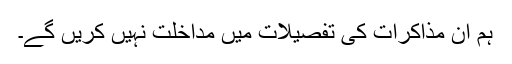
ہم ان مذاکرات کی تفصیلات میں مداخلت نہیں کریں گے۔